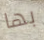
بها